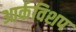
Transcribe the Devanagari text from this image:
आर्कविशप